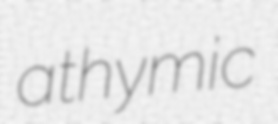
athymic